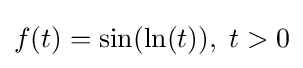
f(t)=\sin(\ln(t)),\;t>0